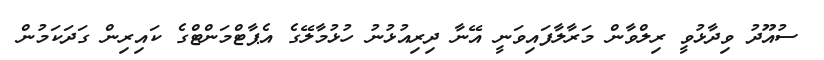
ސުއޫދު ވިދާޅުވީ ރިލްވާން މަރާލާފައިވަނީ އޭނާ ދިރިއުޅުނު ހުޅުމާލޭގެ އެޕާޓްމަންޓްގެ ކައިރިން ގަދަކަމުން